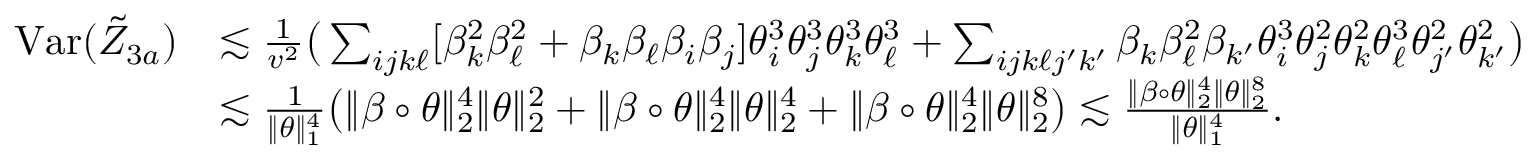
\begin{array} { r l } { \mathrm { V a r } ( \tilde { Z } _ { 3 a } ) } & { \lesssim \frac { 1 } { v ^ { 2 } } \big ( \sum _ { i j k \ell } [ \beta _ { k } ^ { 2 } \beta _ { \ell } ^ { 2 } + \beta _ { k } \beta _ { \ell } \beta _ { i } \beta _ { j } ] \theta _ { i } ^ { 3 } \theta _ { j } ^ { 3 } \theta _ { k } ^ { 3 } \theta _ { \ell } ^ { 3 } + \sum _ { i j k \ell j ^ { \prime } k ^ { \prime } } \beta _ { k } \beta _ { \ell } ^ { 2 } \beta _ { k ^ { \prime } } \theta _ { i } ^ { 3 } \theta _ { j } ^ { 2 } \theta _ { k } ^ { 2 } \theta _ { \ell } ^ { 3 } \theta _ { j ^ { \prime } } ^ { 2 } \theta _ { k ^ { \prime } } ^ { 2 } \big ) } \\ & { \lesssim \frac { 1 } { \| \theta \| _ { 1 } ^ { 4 } } \big ( \| \beta \circ \theta \| _ { 2 } ^ { 4 } \| \theta \| _ { 2 } ^ { 2 } + \| \beta \circ \theta \| _ { 2 } ^ { 4 } \| \theta \| _ { 2 } ^ { 4 } + \| \beta \circ \theta \| _ { 2 } ^ { 4 } \| \theta \| _ { 2 } ^ { 8 } \big ) \lesssim \frac { \| \beta \circ \theta \| _ { 2 } ^ { 4 } \| \theta \| _ { 2 } ^ { 8 } } { \| \theta \| _ { 1 } ^ { 4 } } . } \end{array}